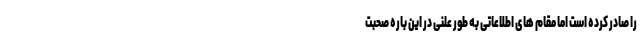
را صادر کرده است اما مقام های اطلاعاتی به طور علنی در این باره صحبت